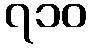
၇၁၀